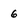
Character: 6